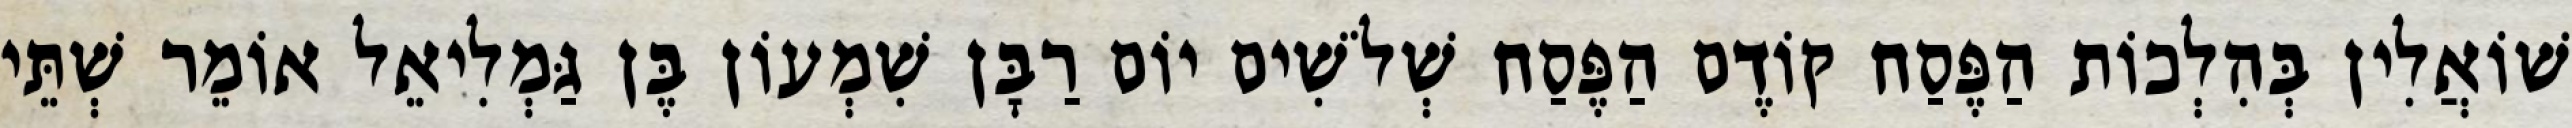
שׁוֹאֲלִין בְּהִלְכוֹת הַפֶּסַח קוֹדֶם הַפֶּסַח שְׁלֹשִׁים יוֹם רַבָּן שִׁמְעוֹן בֶּן גַּמְלִיאֵל אוֹמֵר שְׁתֵּי